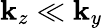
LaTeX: \mathbf{k}_{z}\ll\mathbf{k}_{y}